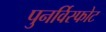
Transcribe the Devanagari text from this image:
पुनर्विस्फोट